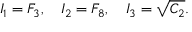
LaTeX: I _ { 1 } = F _ { 3 } , \quad I _ { 2 } = F _ { 8 } , \quad I _ { 3 } = \sqrt { C _ { 2 } } .